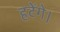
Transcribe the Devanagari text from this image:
हटेंगे।